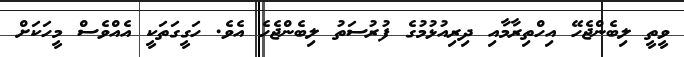
ވީތީ ލިބެންޖެހޭ އިހްތިރާމާއި ދިރިއުޅުމުގެ ފުރުސަތު ލިބެންޖެހެ އެވެ. ހަގީގަތަކީ އެއްވެސް މީހަކަށް